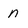
Character: n